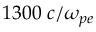
1 3 0 0 \; c / \omega _ { p e }